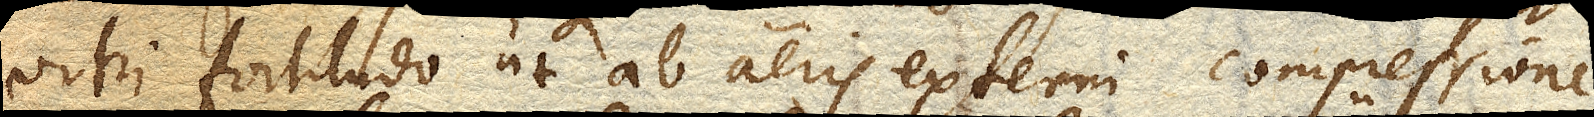
vitri fortitudo ut ab aeris externi compressione